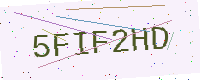
Text: 5FIF2HD